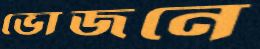
ভোজনে